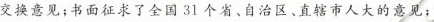
交换意见；书面征求了全国31个省、自治区、直辖市人大的意见；